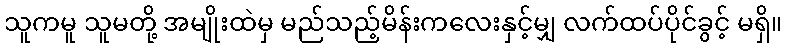
သူကမူ သူမတို့ အမျိုးထဲမှ မည်သည့်မိန်းကလေးနှင့်မျှ လက်ထပ်ပိုင်ခွင့် မရှိ။